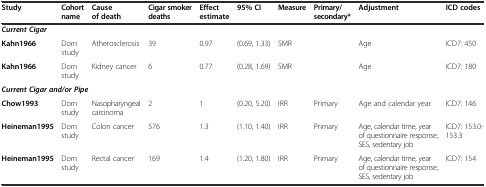
| Study | Cohort name | Cause of death | Cigar smoker deaths | Effect estimate | 95% CI | Measure | Primary/secondary* | Adjustment | ICD codes |
 | --- | --- | --- | --- | --- | --- | --- | --- | --- | --- |
 | <COLSPAN=10> Current Cigar |
 | Kahn1966 | Dorn study | Atherosclerosis | 39 | 0.97 | (0.69, 1.33) | SMR |  | Age | ICD7: 450 |
 | Kahn1966 | Dorn study | Kidney cancer | 6 | 0.77 | (0.28, 1.69) | SMR |  | Age | ICD7: 180 |
 | <COLSPAN=10> Current Cigar and/or Pipe |
 | Chow1993 | Dorn study | Nasopharyngeal carcinoma | 2 | 1 | (0.20, 5.20) | IRR | Primary | Age and calendar year | ICD7: 146 |
 | Heineman1995 | Dorn study | Colon cancer | 576 | 1.3 | (1.10, 1.40) | IRR | Primary | Age, calendar time, year of questionnaire response, SES, sedentary job | ICD7: 153.0-153.3 |
 | Heineman1995 | Dorn study | Rectal cancer | 169 | 1.4 | (1.20, 1.80) | IRR | Primary | Age, calendar time, year of questionnaire response, SES, sedentary job | ICD7: 154 |